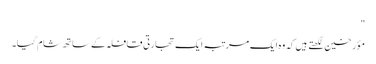
"
مؤرخین لکھتے ہیں کہ وہ ایک مرتبہ ایک تجارتی قافلہ کے ساتھ شام گیا۔